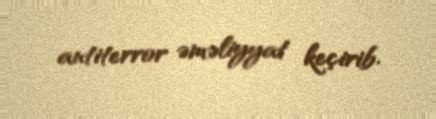
antiterror əməliyyat keçirib.